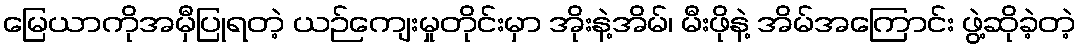
မြေယာကိုအမှီပြုရတဲ့ ယဉ်ကျေးမှုတိုင်းမှာ အိုးနဲ့အိမ်၊ မီးဖိုနဲ့ အိမ်အကြောင်း ဖွဲ့ဆိုခဲ့တဲ့